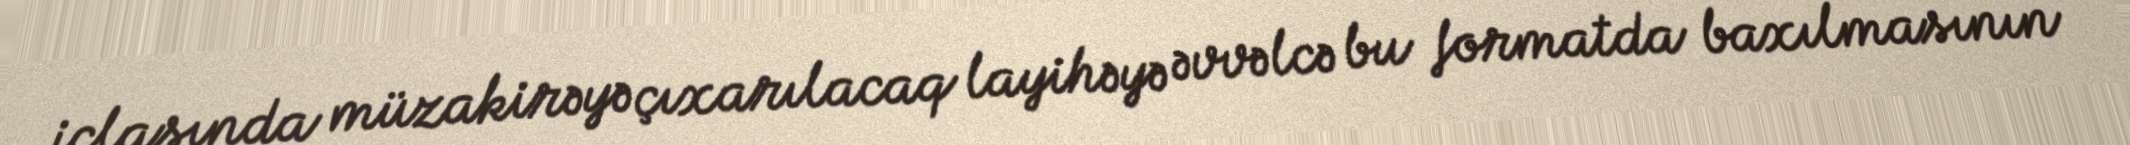
iclasında müzakirəyə çıxarılacaq layihəyə əvvəlcə bu formatda baxılmasının